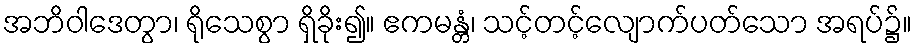
အဘိဝါဒေတွာ၊ ရိုသေစွာ ရှိခိုး၍။ ဧကမန္တံ၊ သင့်တင့်လျောက်ပတ်သော အရပ်၌။